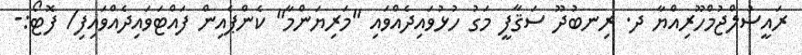
ރައީސުލްޖުމްހޫރިއްޔާ ދ. ރިނބުދޫ ސަޤާފީ މަގު ހުޅުވައިދެއްވައި "މަރިޔަންމާ" ކެންޕެއިން ފައްޓަވައިދެއްވައިފި/ ފޮޓޯ:-